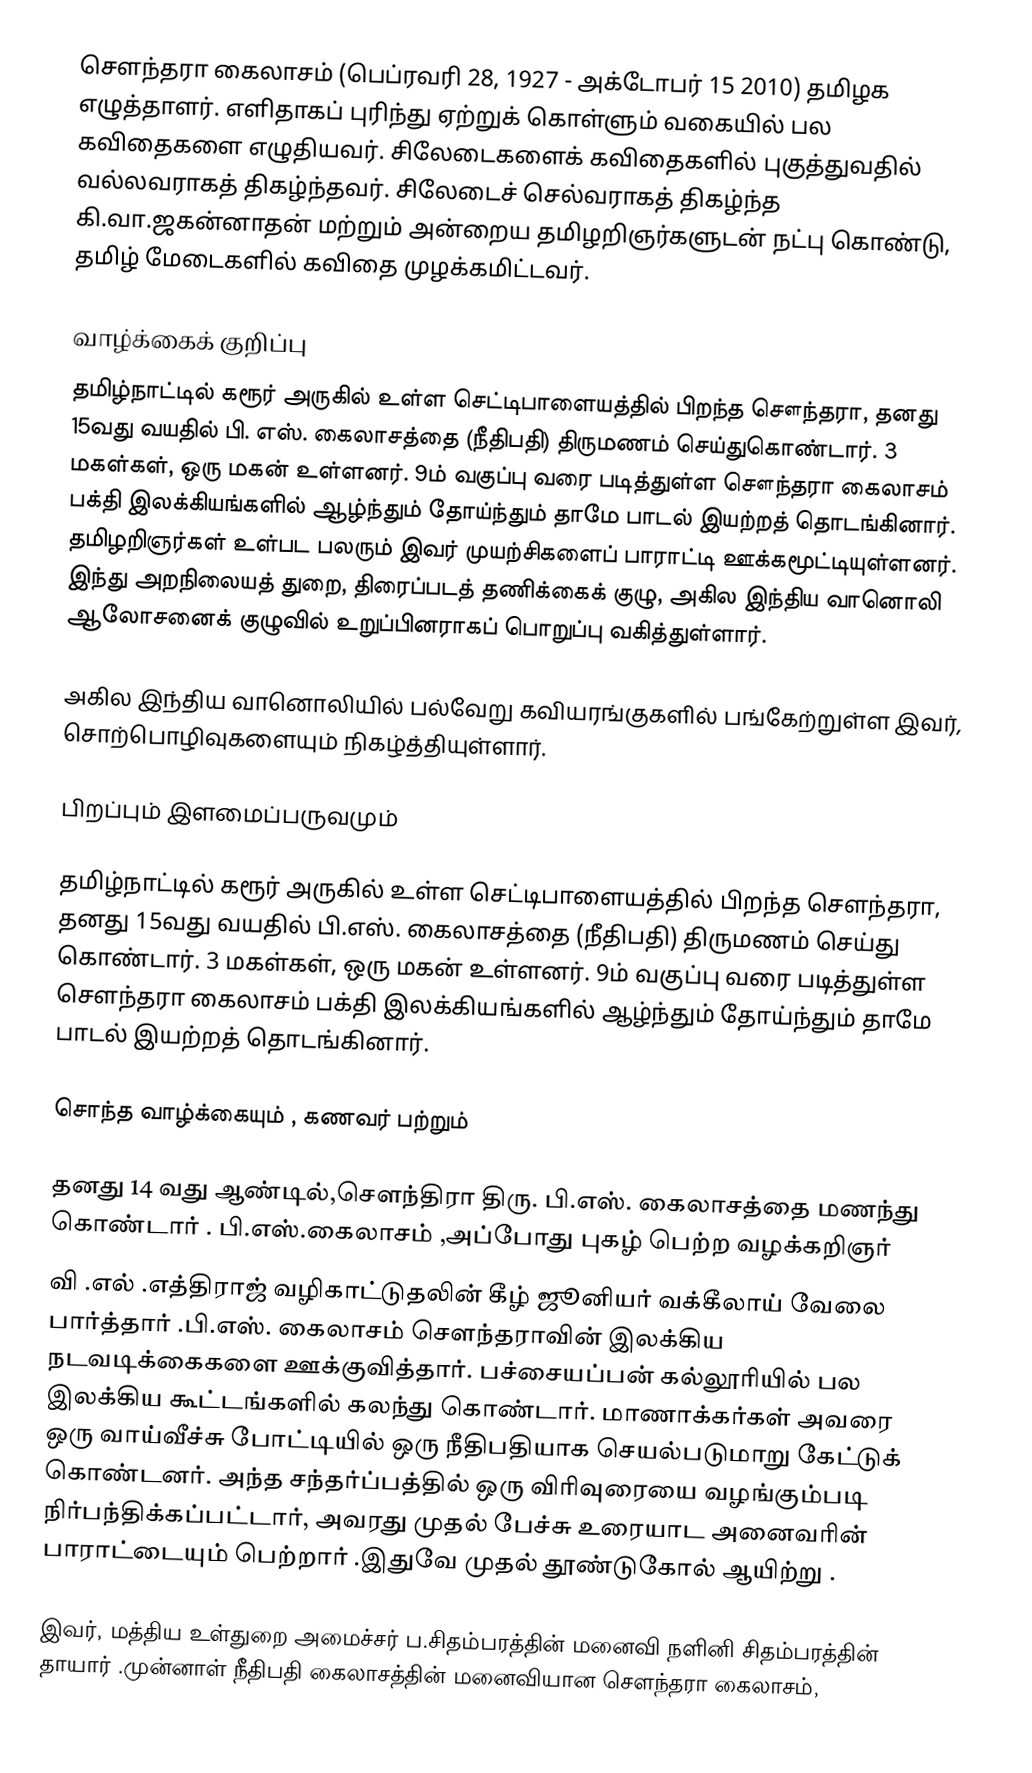
சௌந்தரா கைலாசம் (பெப்ரவரி 28, 1927 - அக்டோபர் 15 2010) தமிழக எழுத்தாளர். எளிதாகப் புரிந்து ஏற்றுக் கொள்ளும் வகையில் பல கவிதைகளை எழுதியவர். சிலேடைகளைக் கவிதைகளில் புகுத்துவதில் வல்லவராகத் திகழ்ந்தவர். சிலேடைச் செல்வராகத் திகழ்ந்த கி.வா.ஜகன்னாதன் மற்றும் அன்றைய தமிழறிஞர்களுடன் நட்பு கொண்டு, தமிழ் மேடைகளில் கவிதை முழக்கமிட்டவர்.

வாழ்க்கைக் குறிப்பு
தமிழ்நாட்டில் கரூர் அருகில் உள்ள செட்டிபாளையத்தில் பிறந்த சௌந்தரா, தனது 15வது வயதில்  பி. எஸ். கைலாசத்தை (நீதிபதி) திருமணம் செய்துகொண்டார். 3 மகள்கள், ஒரு மகன் உள்ளனர். 9ம் வகுப்பு வரை படித்துள்ள சௌந்தரா கைலாசம் பக்தி இலக்கியங்களில் ஆழ்ந்தும் தோய்ந்தும் தாமே பாடல் இயற்றத் தொடங்கினார். தமிழறிஞர்கள் உள்பட பலரும் இவர் முயற்சிகளைப் பாராட்டி ஊக்கமூட்டியுள்ளனர். இந்து அறநிலையத் துறை, திரைப்படத் தணிக்கைக் குழு, அகில இந்திய வானொலி ஆலோசனைக் குழுவில் உறுப்பினராகப் பொறுப்பு வகித்துள்ளார்.

அகில இந்திய வானொலியில் பல்வேறு கவியரங்குகளில் பங்கேற்றுள்ள இவர், சொற்பொழிவுகளையும் நிகழ்த்தியுள்ளார்.

பிறப்பும் இளமைப்பருவமும்

தமிழ்நாட்டில் கரூர் அருகில் உள்ள செட்டிபாளையத்தில் பிறந்த சௌந்தரா, தனது 15வது வயதில் பி.எஸ். கைலாசத்தை (நீதிபதி) திருமணம் செய்து கொண்டார். 3 மகள்கள், ஒரு மகன் உள்ளனர். 9ம் வகுப்பு வரை படித்துள்ள சௌந்தரா கைலாசம் பக்தி இலக்கியங்களில் ஆழ்ந்தும் தோய்ந்தும் தாமே பாடல் இயற்றத் தொடங்கினார்.

சொந்த வாழ்க்கையும் , கணவர் பற்றும்

தனது 14 வது ஆண்டில்,சௌந்திரா திரு. பி.எஸ். கைலாசத்தை மணந்து கொண்டார் .  பி.எஸ்.கைலாசம் ,அப்போது புகழ் பெற்ற வழக்கறிஞர்
வி .எல் .எத்திராஜ் வழிகாட்டுதலின் கீழ் ஜூனியர் வக்கீலாய் வேலை பார்த்தார் .பி.எஸ். கைலாசம் சௌந்தராவின் இலக்கிய நடவடிக்கைகளை ஊக்குவித்தார். பச்சையப்பன் கல்லூரியில் பல இலக்கிய கூட்டங்களில் கலந்து கொண்டார். மாணாக்கர்கள் அவரை ஒரு வாய்வீச்சு போட்டியில் ஒரு நீதிபதியாக செயல்படுமாறு கேட்டுக் கொண்டனர். அந்த சந்தர்ப்பத்தில் ஒரு விரிவுரையை வழங்கும்படி நிர்பந்திக்கப்பட்டார், அவரது முதல் பேச்சு உரையாட அனைவரின் பாராட்டையும் பெற்றார் .இதுவே முதல் தூண்டுகோல் ஆயிற்று .

இவர், மத்திய உள்துறை அமைச்சர் ப.சிதம்பரத்தின்  மனைவி நளினி சிதம்பரத்தின் தாயார் .முன்னாள் நீதிபதி கைலாசத்தின் மனைவியான சௌந்தரா கைலாசம்,